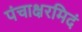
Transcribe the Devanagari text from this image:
पंचाक्षरमिदं